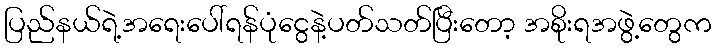
ပြည်နယ်ရဲ့အရေးပေါ်ရန်ပုံငွေနဲ့ပတ်သတ်ပြီးတော့ အစိုးရအဖွဲ့တွေက